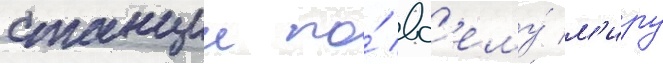
станции по́ вс'ему́ м'иру